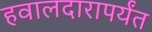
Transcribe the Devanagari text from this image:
हवालदारापर्यंत